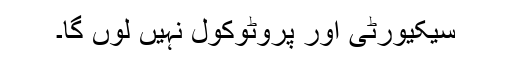
سیکیورٹی اور پروٹوکول نہیں لوں گا۔